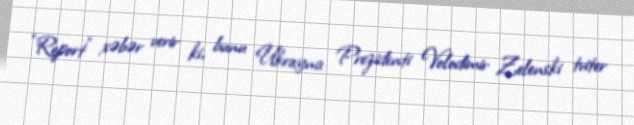
“Report” xəbər verir ki, bunu Ukrayna Prezidenti Volodimir Zelenski tviter